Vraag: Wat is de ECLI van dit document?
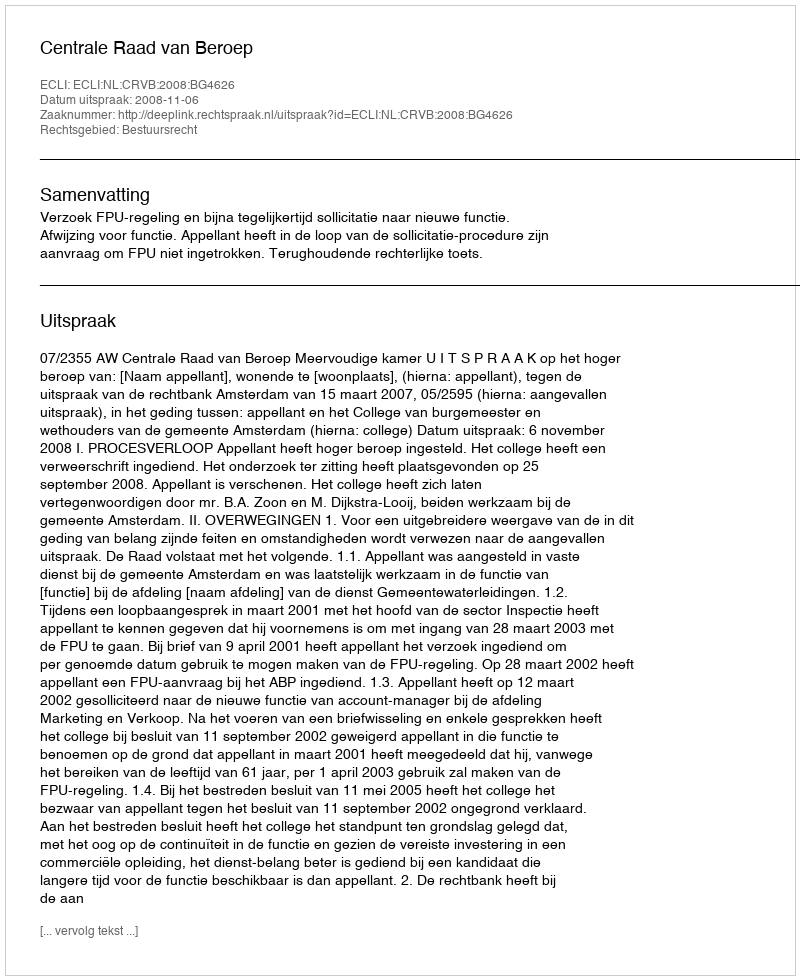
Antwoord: ECLI:NL:CRVB:2008:BG4626